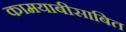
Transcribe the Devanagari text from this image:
कामयाबीसाबित